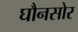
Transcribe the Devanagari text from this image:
घौनसोर